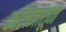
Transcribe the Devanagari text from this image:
काॅलेजातून